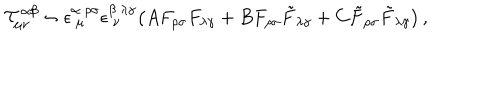
{ \cal T } _ { \mu \nu } ^ { \alpha \beta } \sim \epsilon _ { ~ \mu } ^ { \alpha ~ \rho \sigma } \epsilon _ { ~ \nu } ^ { \beta ~ \lambda \gamma } \big ( A F _ { \rho \sigma } F _ { \lambda \gamma } + B F _ { \rho \sigma } \tilde { F } _ { \lambda \gamma } + C \tilde { F } _ { \rho \sigma } \tilde { F } _ { \lambda \gamma } \big ) \, ,